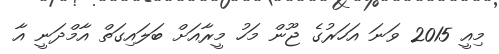
މިއީ 2015 ވަނަ އަހަރުގެ ޖޫން މަހު މީރާއަށް ބަލައިގަތް އާމްދަނީ އާ